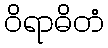
ဝိရာဓိတံ